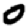
Digit: 0